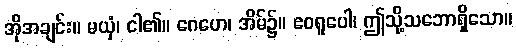
အိုအချင်း။ မယှံ၊ ငါ၏။ ဂေဟေ၊ အိမ်၌။ ဧဝရူပေါ၊ ဤသို့သဘောရှိသော။